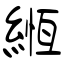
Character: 緪